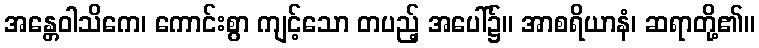
အန္တေဝါသိကေ၊ ကောင်းစွာ ကျင့်သော တပည့် အပေါ်၌။ အာစရိယာနံ၊ ဆရာတို့၏။